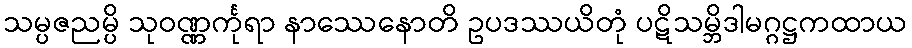
သမ္ပဇညမ္ပိ သုဝဏ္ဏင်္ကုရာ နာဿေနောတိ ဥပဒဿယိတုံ ပဋိသမ္ဘိဒါမဂ္ဂဋ္ဌကထာယ